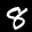
Label: 8